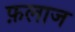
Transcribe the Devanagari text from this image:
फ़लाज